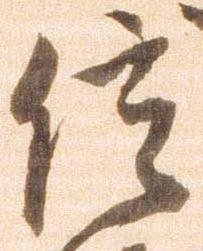
信